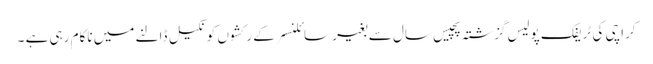
کراچی کی ٹریفک پولیس گزشتہ پچیس سال سے بغیر سائلنسر کے رکشوں کو نکیل ڈالنے میں ناکام رہی ہے ۔